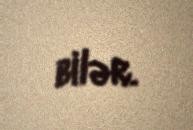
bilər.